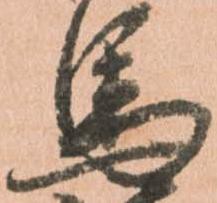
馬